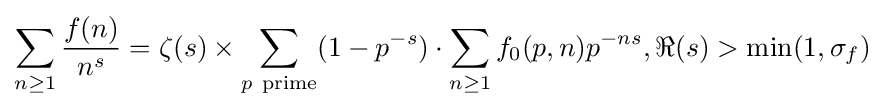
\sum _{n\geq 1}{\frac {f(n)}{n^{s}}}=\zeta (s)\times \sum _{p\mathrm {\ prime} }(1-p^{-s})\cdot \sum _{n\geq 1}f_{0}(p,n)p^{-ns},\Re (s)>\min(1,\sigma _{f})